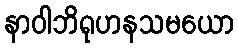
နာဝါဘိရုဟနသမယော